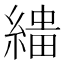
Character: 𦃠